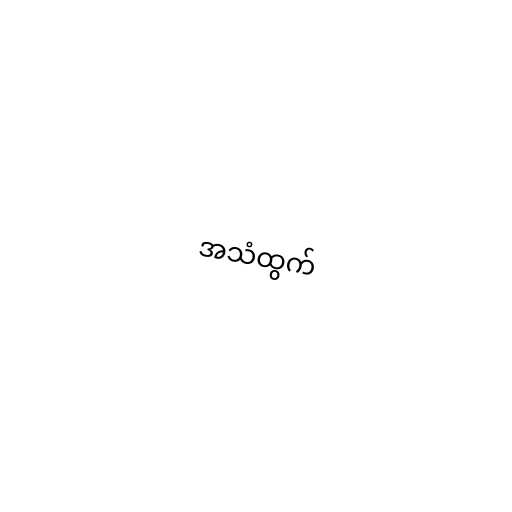
အသံထွက်